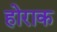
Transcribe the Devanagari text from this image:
होराक